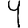
Digit: 9